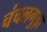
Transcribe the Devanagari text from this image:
चंचलगुड़ा